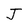
Character: J